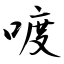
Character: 喥